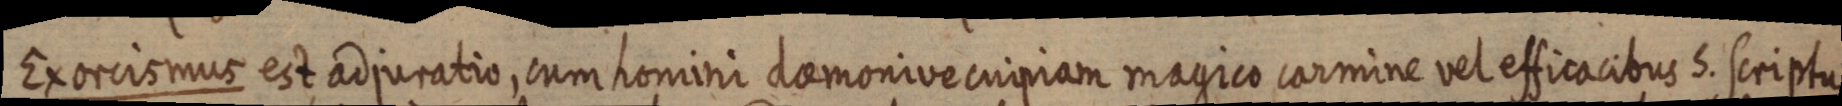
Exorcismus est adjuratio, cum homini daemonive cuipiam magico carmine vel efficacibus S. scriptu